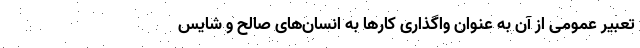
تعبیر عمومی از آن به عنوان واگذاری کارها به انسان‌های صالح و شایس